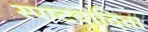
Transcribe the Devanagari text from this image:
स्‍पष्‍टवादिता